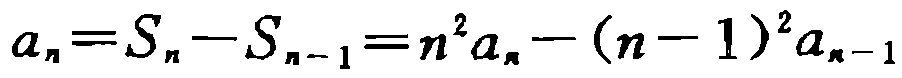
\(a_{n}=S_{n}-S_{n - 1}=n^{2}a_{n}-(n - 1)^{2}a_{n - 1}\)